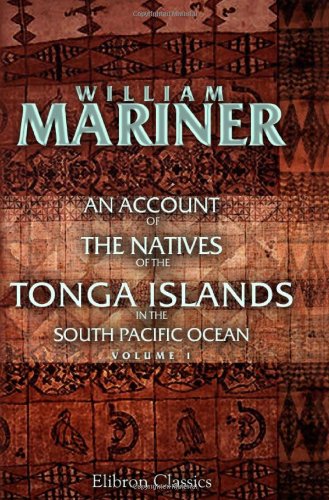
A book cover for An Account of the Natives of the Tonga Islands, in the South Pacific Ocean: With an original grammar and vocabulary of their language. Compiled and ... years resident of those islands. Volume 1; John Martin;  William Mariner; Travel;